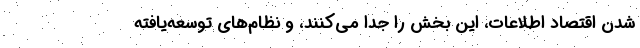
شدن اقتصاد اطلاعات، این بخش را جدا می‌کنند، و نظام‌های توسعه‌یافته